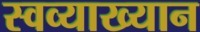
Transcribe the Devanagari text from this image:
स्वव्याख्यान